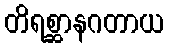
တိရစ္ဆာနဂတာယ